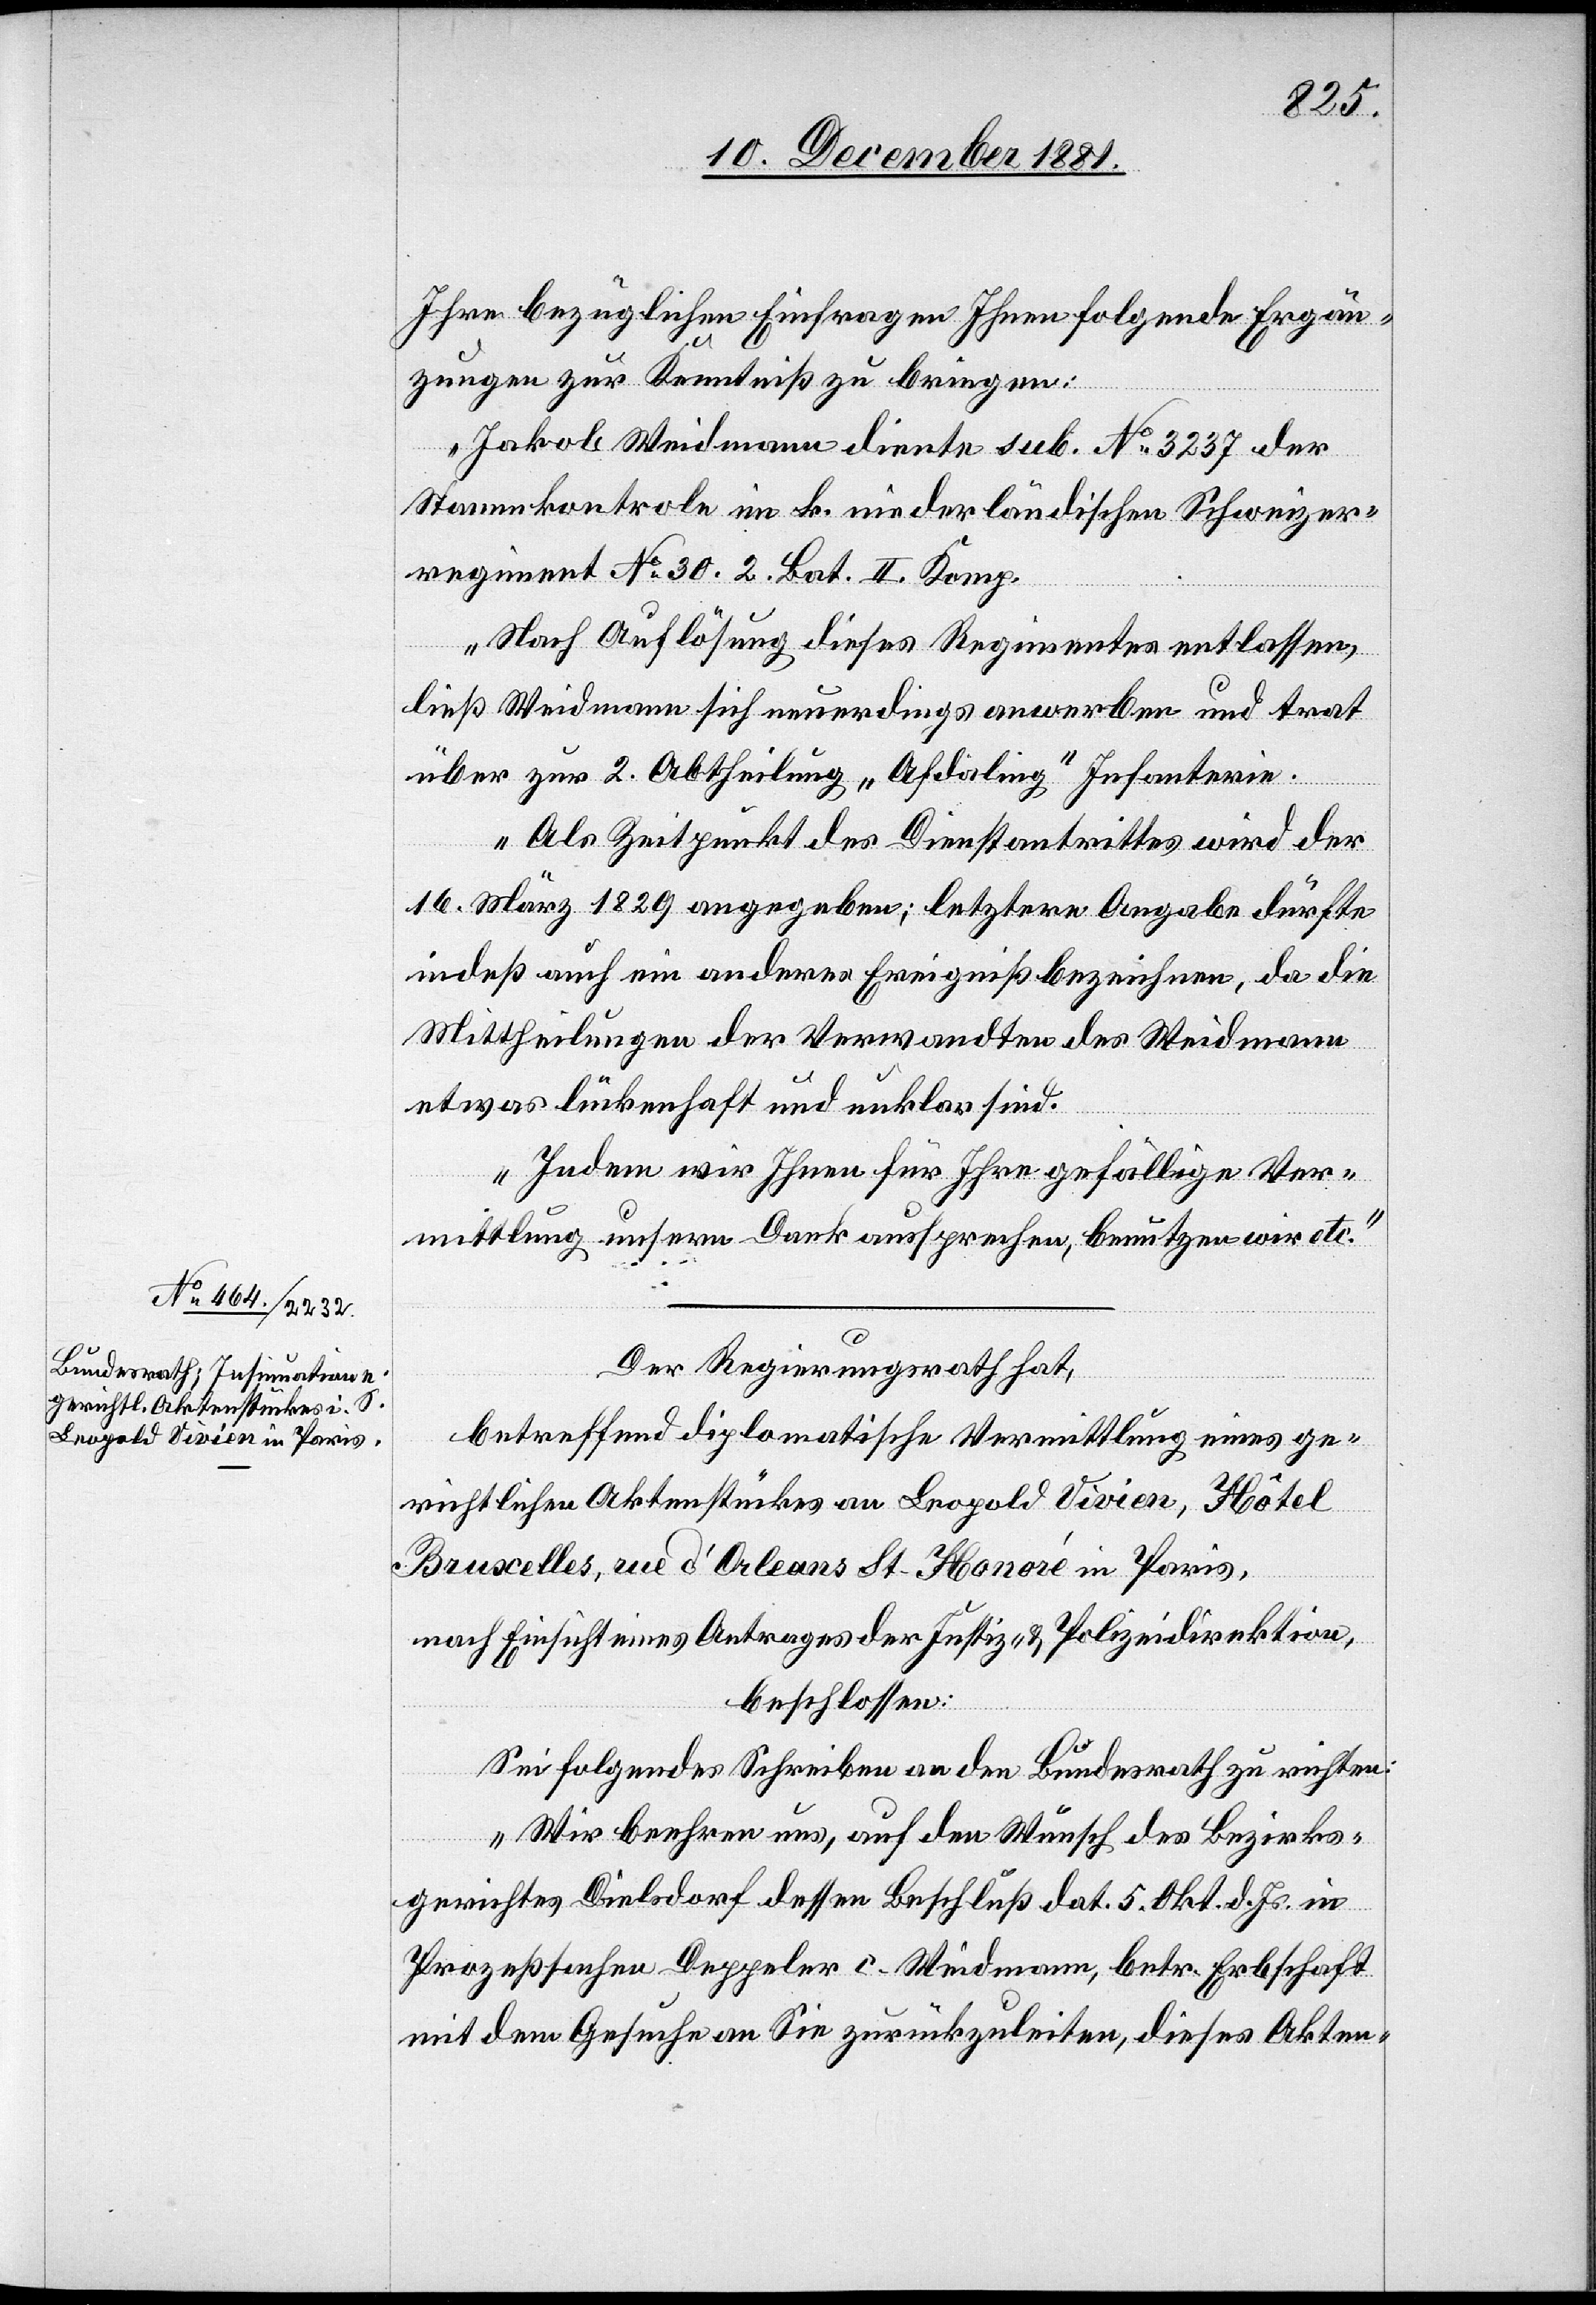
Ihre bezüglichen Einfragen Ihnen folgende Ergän¬
zungen zur Kenntniß zu bringen:
Jakob Weidmann diente sub. No 3237 der
Stammkontrole im k. niederländischen Schweizer¬
regiment No 30. 2. Bat. II. Komp.
Nach Auflösung dieses Regimentes entlassen,
ließ Weidmann sich neuerdings anwerben und trat
über zur 2. Abtheilung „Afdaling“ Infanterie.
Als Zeitpunkt des Dienstantrittes wird der
16. März 1829 angegeben; letztere Angabe dürfte
indeß auch ein anderes Ergebniß bezeichnen, da die
Mittheilungen der Verwandten des Weidmann
etwas lückenhaft und unklar sind.
Indem wir Ihnen für Ihre gefällige Ver¬
mittlung unsern Dank aussprechen, benutzen wir etc.“
Der Regierungsrath hat,
betreffend diplomatische Vermittlung eines ge¬
richtlichen Aktenstückes an Leopold Vivien, Hôtel
Bruxelles, rue d’Orleans St. Honoré in Paris,
nach Einsicht eines Antrages der Justiz- & Polizeidirektion,
beschlossen:
Sei folgendes Schreiben an den Bundesrath zu richten:
„Wir beehren uns, auf den Wunsch des Bezirks¬
gerichtes Dielsdorf dessen Beschluß dat. 5. Okt. d. Js. in
Prozeßsachen Deppeler c. Weidmann, betr. Erbschaft
mit dem Gesuche an Sie zurückzuleiten, dieses Akten-